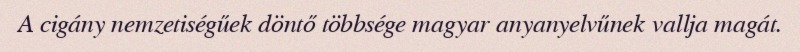
A cigány nemzetiségűek döntő többsége magyar anyanyelvűnek vallja magát.